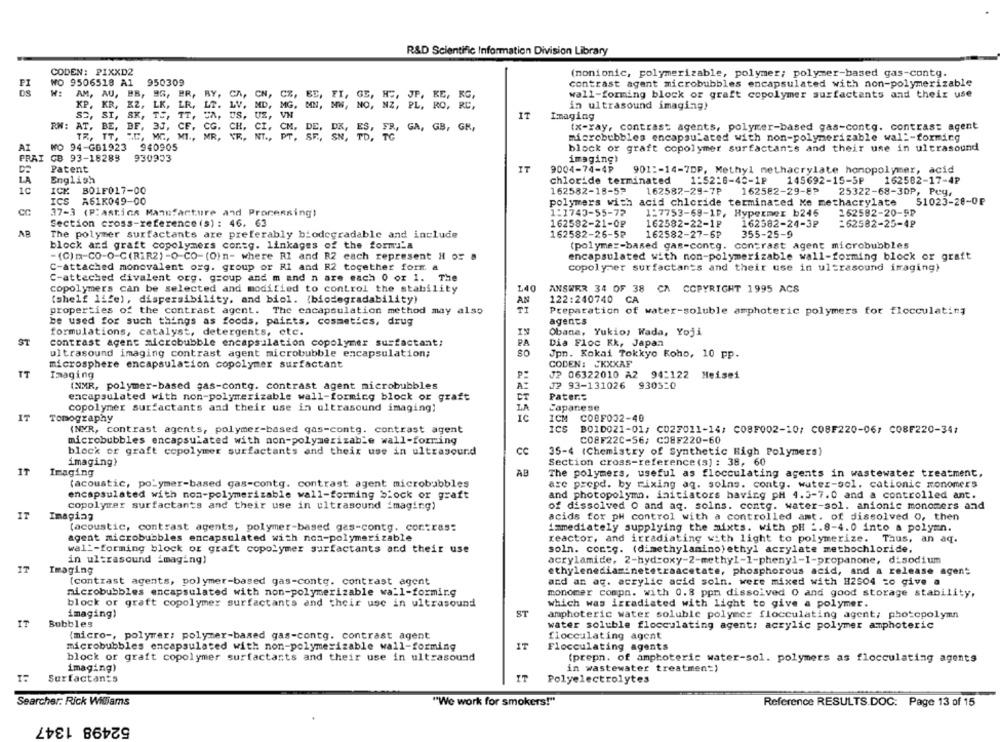
R&D Scientific Information Division Library
CODEN: PIXXD2
(nonionic, polymerizable, polymer; polymer-based gas-contg.
WO 9506518 A1
950309
PI
contrast agent microbubbles encapsulated with non-polymerizable
DS
AM, AU, BB, 96, ER.
CA, CN,
C%
KG,
wall-forming block or graft copolymer surfactants and their use
KR, KZ,
LK.
LR,
LV.
KP.
MG.
NZ, PL, RO, RC,
in ultrasound imaging)
SC, SI,
SK, TS,
TT
VN
IT
Imaging
RM:
AT, BE, BF. 33,
(x-ray, contrast agents, polymer-based gas-contg. contrast agent
CG.
CH, CI,
ES. FR, GA, GB, GR,
TR, TT, AC, MC, MI .,
MR, VR, NT ., PT.
SN, TD,
microbubbles encapsulated with non-polymerizable wall-forming
AT
WO 94-GB1923
940905
block or graft copolymer surfactants and their use in ultrasound
PRAI
GB 93-18289
930933
imaging!
Patent
IT
9004-74-4P
901 :- 14-7DP, Methyl methacrylate homopolymer, acid
LA
English
1:52:8-40-1P
162582-17-4₽
chloride terminated
145692-15-5P
1C
ICK BO1F017-00
162582-18-5?
162582-29-7P
162582-29-8P
25322-68-30P, Pey,
ICS A61K049-00
51023-28-0F
polymers with acid chloride terminated Me methacrylate
37-3 (Plastica Manufacture and Processing!
1:1740-55-72
1:7753-69-1P, Hypermer b246
162582-20-9₽
=62582-25-4₽
Section cross-reference (s) : 46, 63
162582-21-0₽
162582-22-1₽
162582-24-3₽
AB
The polymer surfactants are preferably biodegradable and include
162582-26-5₽
162582-27-6₽
355-25-9
block and graft copolymers contg. linkages of the formula
(polymer-based gas-contg. contrast agent microbubbles
-(C) m-CO-O-C(RIR2)-O-CO-(O)n- where RI and R2 each represent H o: a
encapsulated with non-polymerizable wall-forming block or graft
C-attached monovalent org. group or R1 and R2 together forf. a
copolymer surfactants and their use in ultrasound imaging}
C-attached divalent org. gsoup and m and n are each 0 or 1. The
copolymers can be selected and modified to control the stability
140
ANSWER 34 OF 38 CA COPYRIGHT 1995 ACS
(shelf life), dispersibility, and biol. (biodegradability)
AN
122:240740 CA
properties of the contrast agent. The encapsulation method may also
Preparation of water-soluble amphoteric polymers for flocculating
be used for such things as foods, paints, cosmetics, drug
agents
formulations, catalyst, detergents, etc.
Obana, Yukio, Wada, Yoji
ST
contrast agent microbubble encapsulation copolymer surfactant;
PA
Dia Floc Kk, Japan
ultrasound imaging contrast agent microbubble encapsulation;
Jpn. Kokai Tokkyo Koho, 10 pp.
microsphere encapsulation copolymer surfactant
CODEN: CKXXAF
TT
Imaging
P:
J2 06322010 A2 94:122 Meisei
(NMR, polymer-based gas-contg. contrast agent microbubbles
A:
J2 93-131026 930320
encapsulated with non-polymerizable wall-forming block or graft
Pater .:
copolymer surfactants and their use in ultrasound imaging!
LA
Japanese
IT
Tomography
IC
ICM
COOF002-40
(NVR, contrast agents, polymer-based qas-contg. contrast agent
ICS
B010021-01/ C027011-14/ C08F002-10/ C08F220-06/ C08F220-34;
microbubbles encapsulated with non-polymerizable wall-forring
CO8F22C-56; C38F220-60
block or graft copolymer surfactants and their use in ultrasound
CC
35-4 (Chemistry of Synthetic High Polymers)
imaging}
Section cross-reference (s) : 38, 60
IT
Imaging
AB
The polymers, useful as flocculating agents in wastewater treatment.
(acoustic, polymer-based gas-contg. contrast agent microbubbles
are prepd. by mixing aq. solno. contg. water-sol. cationic monomers
encapsulated with non-polymerizable wall-forming block or graft
and photopolymo. initiators having pH 4.3-7.0 and a controlled ant.
copolymer surfactants and their use in ultrasound imaging)
of dissolved O and aq. solns. conte. water-sol. anionic monomers and
IT
Imaging
acids for pH control with a controlled amt. of dissolved O, then
(acoustic, contrast agents, polymer-based gas-contg, contras:
immediately supplying the mixts. with pH -. 8-4.0 into a polymn.
agent microbubbles encapsulated with non-polymerizable
reactor, and irradiating with light to polymerize. Thus, an aq.
wall-forming block or graft copolymer surfactants and their use
soln. contg. (dimethylamino) ethyl acrylate methochloride,
in ultrasound imaging)
acrylamide, 2-hydroxy-2-methyl-1-phenyl-1-propanone, disodium
IT
Imaging
ethylenediasinetetraacetate, phosphorous acid, and a release agent
[contrast agents, polymer-based gas-conte. contrast agent
and an aq. acrylic acid soln. were mixed with #2504 =o give a
microbubbles encapsulated with non-polymerizable wall-formir.g
monomer compn. with 0.8 ppm dissolved O and good storage stability,
block or graft copolymer surfactants and their use in ultrasound
which was irradiated with light to give a polymer.
imaging)
ST
amphoteric water soluble polymer flocculating agent; photopolymn
IT
Bubbles
water soluble flocculating agent; acrylic polymer amphoteric
(micro -, polymer; polymer-based gas-contg. contrast agent
flocculating agent
microbubbles encapsulated with non-polymerizable wall-forming
Flocculating agents
block or graft copolymer surfactants and their use in ultrasound
(prepn. of amphoteric water-sol. polymers as flocculating agents
in wastewater treatment)
imaging)
Surfactants
IT
Polyelectrolytes
Searcher: Rick Williams
"We work for smokers!"
Reference RESULTS.DOC: Page 13 of 15
52498 1347